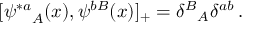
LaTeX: [ { \psi ^ { * a } } _ { A } ( x ) , \psi ^ { b B } ( x ) ] _ { + } = { \delta ^ { B } } _ { A } \delta ^ { a b } \, .